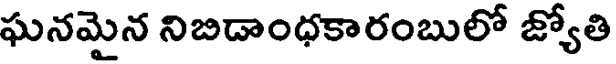
ఘనమైన నిబిడాంధకారంబులో జ్యోతి